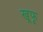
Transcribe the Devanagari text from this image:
खूफू